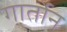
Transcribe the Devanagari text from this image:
गार्तोन